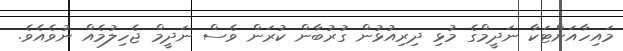
މައިހާއަށްޓަކާ ނަދީމްގެ މުޅި ދިރިއުޅުން ގުރުބާން ކުރަން ވެސް ނަދީމް ޖެހިލުމެއް ނުވެއެވެ.